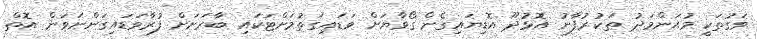
ވަގުތަކީ މުޙަންމަދު ތަކުރުފާނު އޮޅުދޫ އޮޑިޔައިގެން ގޯވާޔަށް ވަޑައިގަތުމަށްޓަކައި ބާރަށަށް ފުރާވަޑައިގަންނަވަން އޮތް